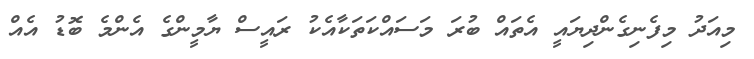
މިއަދު މިފެނިގެންދިޔައީ އެތައް ބުރަ މަސައްކަތަކާއެކު ރައީސް ޔާމީންގެ އެންމެ ބޮޑު އެއް